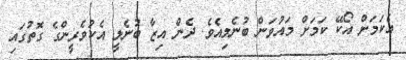
އެކަމަށް އޯކޭ ކަމަށް މައުވަން ބުނެލިއެވެ. ދެން އިޒާ ބުނެލީ އެކުވެރީންގެ ގޮތުގައި